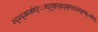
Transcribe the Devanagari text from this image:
स्द्स्द्आअ॑फ्ङ्ः़फ्ट्ट्ड़्फ्ड्क्ष्ड्क्ष्झ्झ्झ्क्ष्फ्॰फ्फ्ङ्